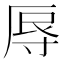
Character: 𭔱